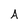
Character: A